Indian journal of veterinary science and animal husbandry - Volume 5,
Year: 1935
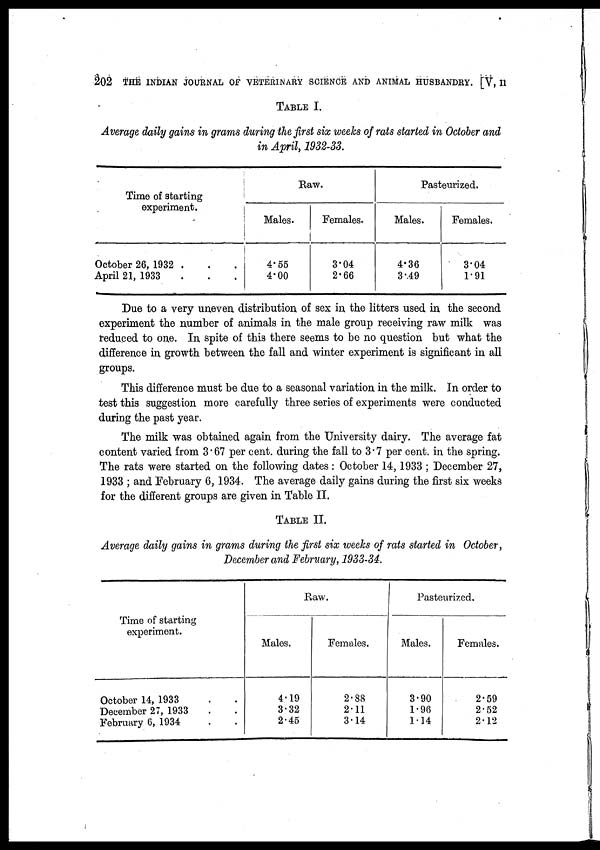
202 THE INDIAN JOURNAL OF VETERINARY SCIENCE AND ANIMAL HUSBANDRY. [V, 11
TABLE I.
Average daily gains in grams during the first six weeks of rats started in October and
in April, 1932-33.
Time of starting
experiment.
October 26, 1932 .
April 21, 1933
Raw.
Males.
4.55
4.00
Females.
3.04
2.66
Pasteurized.
Males.
4.36
3.49
Females.
3.04
1.91
Due to a very uneven distribution of sex in the litters used in the second
experiment the number of animals in the male group receiving raw milk was
reduced to one. In spite of this there seems to be no question but what the
difference in growth between the fall and winter experiment is significant in all
groups.
This difference must be due to a seasonal variation in the milk. In order to
test this suggestion more carefully three series of experiments were conducted
during the past year.
The milk was obtained again from the University dairy. The average fat
content varied from 3.67 per cent. during the fall to 3.7 per cent. in the spring.
The rats were started on the following dates: October 14, 1933 ; December 27,
1933 ; and February 6, 1934. The average daily gains during the first six weeks
for the different groups are given in Table II.
TABLE II.
Average daily gains in grams during the first six weeks of rats started in October,
December and February, 1933.34.
Time of starting
experiment.
October 14, 1933
December 27, 1933
February 6, 1934
Raw.
Males.
4.19
3.32
2.45
Females.
2.88
2.11
3.14
Pasteurized.
Males.
3.90
1.96
1.14
Females.
2.59
2.52
2.12